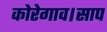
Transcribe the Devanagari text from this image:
कोरेगाव।साप